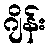
ဂျိန်း